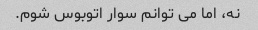
نه، اما می توانم سوار اتوبوس شوم.